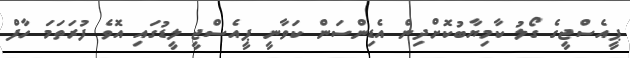
ޕީއެސްޖީގެ ގޯލު ކާމިޔާބުކޮށްދިން އެޑިންސަން ކަވާނީ ޕީއެސްޖީ ލީޑުގައި އޮވެ ފުރަތަމަ ހާފް